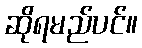
ဆိုရမည်ပင်။